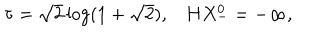
LaTeX: \tau = \sqrt { 2 } \log ( 1 + \sqrt { 2 } ) , H X _ { - } ^ { 0 } = - \infty ,